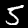
Digit: 5